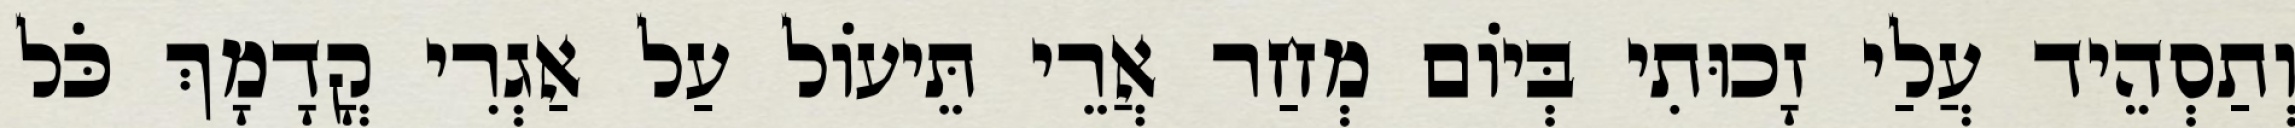
וְתַסְהֵיד עֲלַי זָכוּתִי בְּיוֹם מְחַר אֲרֵי תֵּיעוֹל עַל אַגְרִי קֳדָמָךְ כֹּל